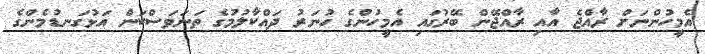
އެމީހުންނަށް ރާއްޖެ އާއި ރާއްޖޭން ބޭރުގައި އެމީހުންގެ ހުނަރު ދައްކާލުމުގެ ތަނަވަސްކަން އަޅުގަނޑުމެންގެ